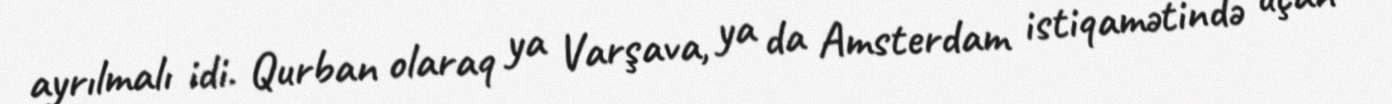
ayrılmalı idi. Qurban olaraq ya Varşava, ya da Amsterdam istiqamətində uçan